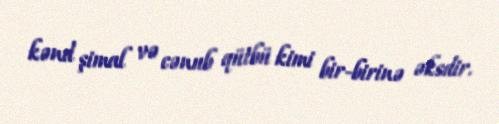
kənd şimal və cənub qütbü kimi bir-birinə əksdir.